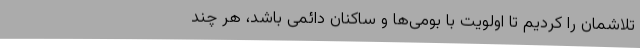
تلاشمان را کردیم تا اولویت با بومی‌ها و ساکنان دائمی باشد، هر چند